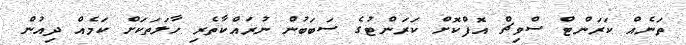
ތަނެއް ކަރަންޓް ސްވިޗް އޮފްކޮށް ކަރަންޓުގެ ސަބަބުން ނުރައްކާތެރި ހާލަތަކަށް ކަމެއް ދިއުން